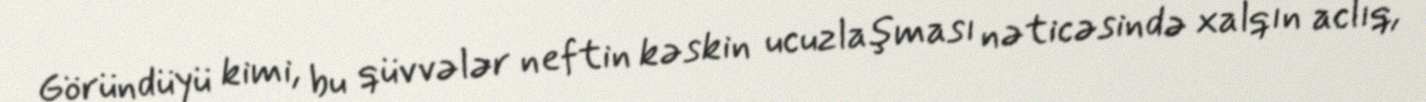
Göründüyü kimi, bu qüvvələr neftin kəskin ucuzlaşması nəticəsində xalqın aclıq,